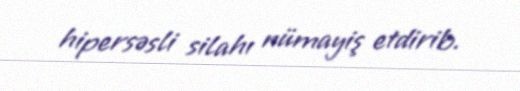
hipersəsli silahı nümayiş etdirib.